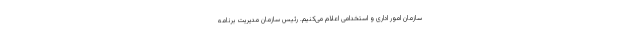
سازمان امور اداری و استخدامی اعلام می‌کنیم. رئیس سازمان مدیریت برنامه